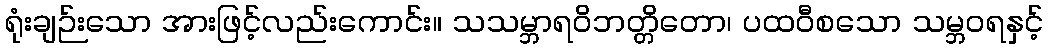
ရုံးချဉ်းသော အားဖြင့်လည်းကောင်း။ သသမ္ဘာရဝိဘတ္တိတော၊ ပထဝီစသော သမ္ဘဝရနှင့်